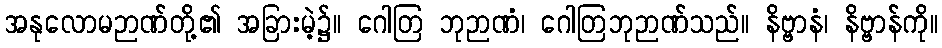
အနုလောမဉာဏ်တို့၏ အခြားမဲ့၌။ ဂေါတြ ဘုဉာဏံ၊ ဂေါတြဘုဉာဏ်သည်။ နိဗ္ဗာနံ၊ နိဗ္ဗာန်ကို။